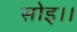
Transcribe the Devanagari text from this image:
सोइ।।